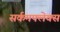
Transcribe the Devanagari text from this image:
सर्कमफ्लेक्स